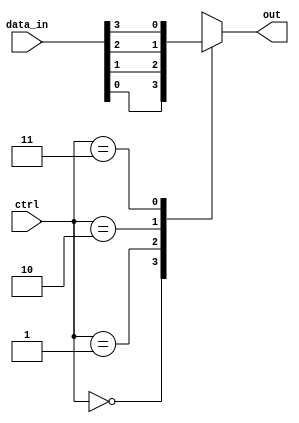
module mux_4to1(
  input [3:0] data_in,
  input [1:0] ctrl,
  output reg out
);

always @(*) begin
  case(ctrl)
    2'b00: out = data_in[0]; // Select data input 0
    2'b01: out = data_in[1]; // Select data input 1
    2'b10: out = data_in[2]; // Select data input 2
    2'b11: out = data_in[3]; // Select data input 3
  endcase
end

endmodule